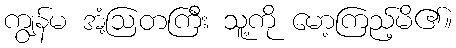
ကျွန်မ အံ့ဩတကြီး သူ့ကို မော့ကြည့်မိ၏။